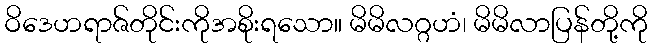
ဝိဒေဟရာဇ်တိုင်းကိုအစိုးရသော။ မိမိလဂ္ဂဟံ၊ မိမိလာပြန်တို့ကို